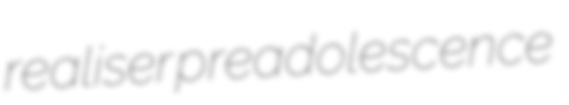
realiser preadolescence